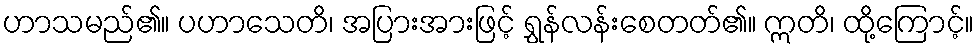
ဟာသမည်၏။ ပဟာသေတိ၊ အပြားအားဖြင့် ရွှန်လန်းစေတတ်၏။ ဣတိ၊ ထို့ကြောင့်။